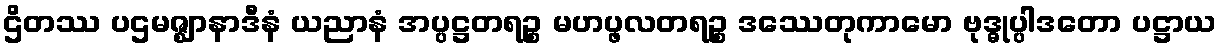
ဌိတဿ ပဌမဇ္ဈာနာဒီနံ ယညာနံ အပ္ပဋ္ဌတရဉ္စ မဟပ္ဖလတရဉ္စ ဒဿေတုကာမော ဗုဒ္ဓုပ္ပါဒတော ပဋ္ဌာယ